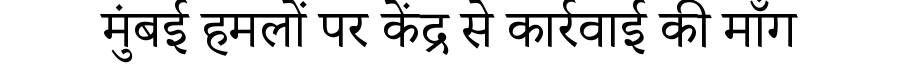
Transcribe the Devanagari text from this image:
मुंबई हमलों पर केंद्र से कार्रवाई की माँग